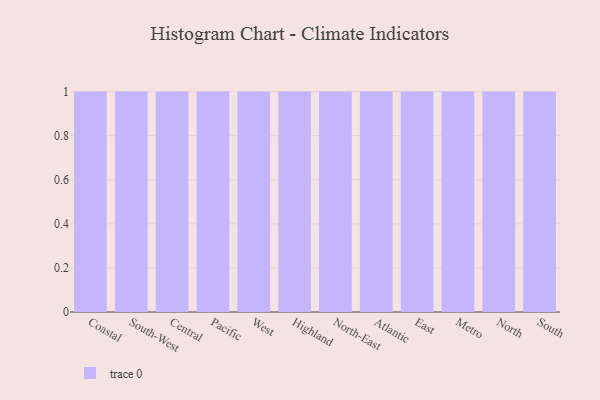
{"axis": {"x": "Region", "y": "Conversion Rate (%)"}, "legend": [""], "data": [{"x": "Coastal", "y": 5, "type": ""}, {"x": "South-West", "y": 9, "type": ""}, {"x": "Central", "y": 97, "type": ""}, {"x": "Pacific", "y": 76, "type": ""}, {"x": "West", "y": 89, "type": ""}, {"x": "Highland", "y": 46, "type": ""}, {"x": "North-East", "y": 28, "type": ""}, {"x": "Atlantic", "y": 71, "type": ""}, {"x": "East", "y": 17, "type": ""}, {"x": "Metro", "y": 68, "type": ""}, {"x": "North", "y": 19, "type": ""}, {"x": "South", "y": 1, "type": ""}]}